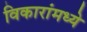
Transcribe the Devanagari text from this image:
विकारांमध्ये